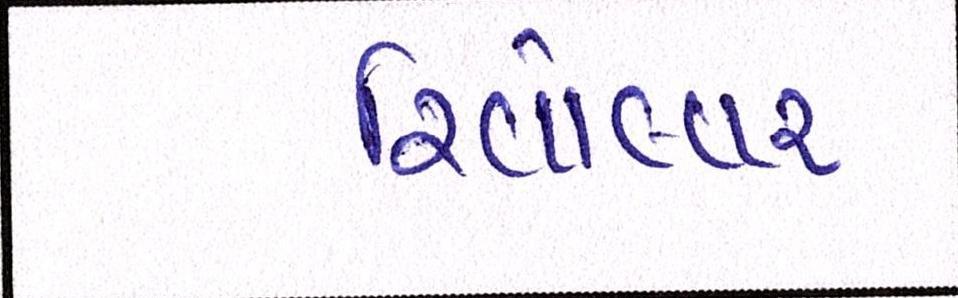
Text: રિવૉલ્વર